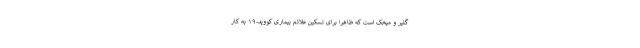
گلپر و میخک است که ظاهراً برای تسکین علائم بیماری کووید-۱۹ به کار